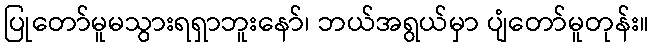
ပြုတော်မူမသွားရရှာဘူးနော်၊ ဘယ်အရွယ်မှာ ပျံတော်မူတုန်း။